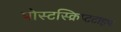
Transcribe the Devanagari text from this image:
पोस्टस्क्रिप्टटाइप